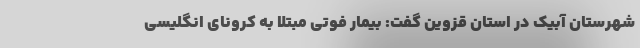
شهرستان آبیک در استان قزوین گفت: بیمار فوتی مبتلا به کرونای انگلیسی